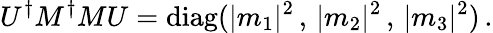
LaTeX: U^{\dagger}M^{\dagger}MU=\mathrm{diag}(|m_{1}|^{2}\, ,\, |m_{2}|^{2}\, ,\, |m_{3}|^{2})\, .